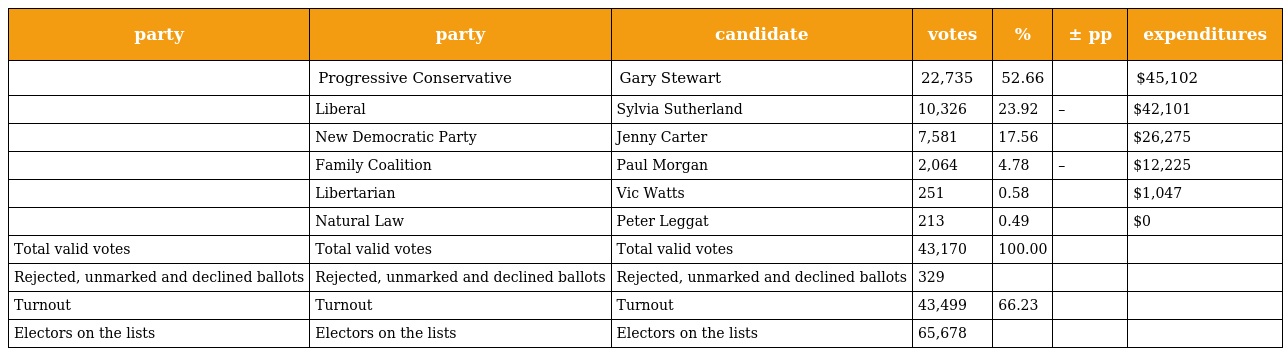
| party | party | candidate | votes | % | ± pp | expenditures |
 | --- | --- | --- | --- | --- | --- | --- |
 |  | Progressive Conservative | Gary Stewart | 22,735 | 52.66 |  | $45,102 |
 |  | Liberal | Sylvia Sutherland | 10,326 | 23.92 | – | $42,101 |
 |  | New Democratic Party | Jenny Carter | 7,581 | 17.56 |  | $26,275 |
 |  | Family Coalition | Paul Morgan | 2,064 | 4.78 | – | $12,225 |
 |  | Libertarian | Vic Watts | 251 | 0.58 |  | $1,047 |
 |  | Natural Law | Peter Leggat | 213 | 0.49 |  | $0 |
 | Total valid votes | Total valid votes | Total valid votes | 43,170 | 100.00 |  |  |
 | Rejected, unmarked and declined ballots | Rejected, unmarked and declined ballots | Rejected, unmarked and declined ballots | 329 |  |  |  |
 | Turnout | Turnout | Turnout | 43,499 | 66.23 |  |  |
 | Electors on the lists | Electors on the lists | Electors on the lists | 65,678 |  |  |  |